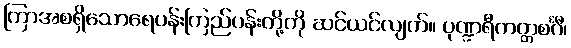
ကြာအစရှိသောရေပန်းကြည်ပန်းတို့ကို ဆင်ယင်လျက်။ ပုဏ္ဍရီကတ္တစင်္ဂီ၊